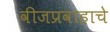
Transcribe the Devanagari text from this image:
वीजप्रवाहाचे